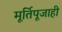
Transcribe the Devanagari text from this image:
मूर्तिपूजाही